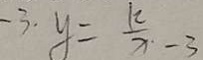
- 3 . y = \frac { k } { x } - 3